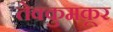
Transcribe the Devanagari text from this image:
तेक्कुमकूर